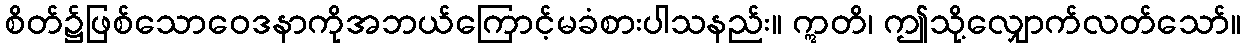
စိတ်၌ဖြစ်သောဝေဒနာကိုအဘယ်ကြောင့်မခံစားပါသနည်း။ ဣတိ၊ ဤသို့လျှောက်လတ်သော်။